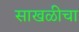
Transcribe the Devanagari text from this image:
साखळीचा